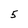
Character: 5